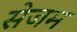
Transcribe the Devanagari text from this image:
सेजम